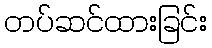
တပ်ဆင်ထားခြင်း